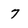
Character: 7